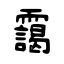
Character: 靄